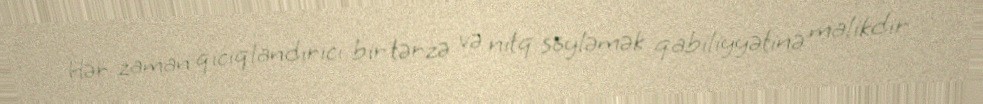
Hər zaman qıcıqlandırıcı bir tərzə və nitq söyləmək qabiliyyətinə malikdir